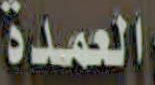
العمدة